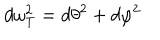
d \omega _ { T } ^ { 2 } = d \theta ^ { 2 } + d \varphi ^ { 2 }